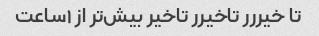
تا خیررر تاخیرر تاخیر بیش‌تر از ١ساعت